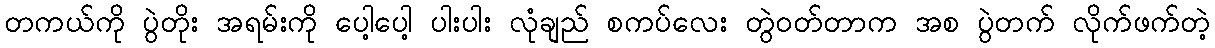
တကယ်ကို ပွဲတိုး အရမ်းကို ပေါ့ပေါ့ ပါးပါး လုံချည် စကပ်လေး တွဲဝတ်တာက အစ ပွဲတက် လိုက်ဖက်တဲ့